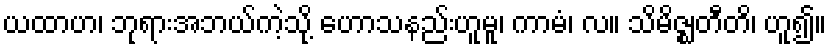
ယထာဟ၊ ဘုရားအဘယ်ကဲ့သို့ ဟောသနည်းဟူမူ၊ ကာမံ၊ လ။ သိမိဇ္ဈတီတိ၊ ဟူ၍။